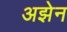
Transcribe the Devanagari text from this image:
अझेन